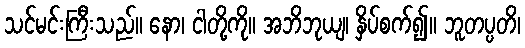
သင်မင်းကြီးသည်။ နော၊ ငါတို့ကို။ အဘိဘုယျ၊ နှိပ်စက်၍။ ဘူတပ္ပတိ၊